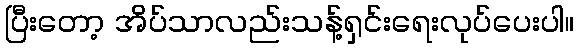
ပြီးတော့ အိပ်သာလည်းသန့်ရှင်းရေးလုပ်ပေးပါ။